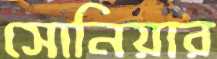
সোনিয়ার